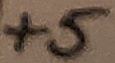
Text: +5